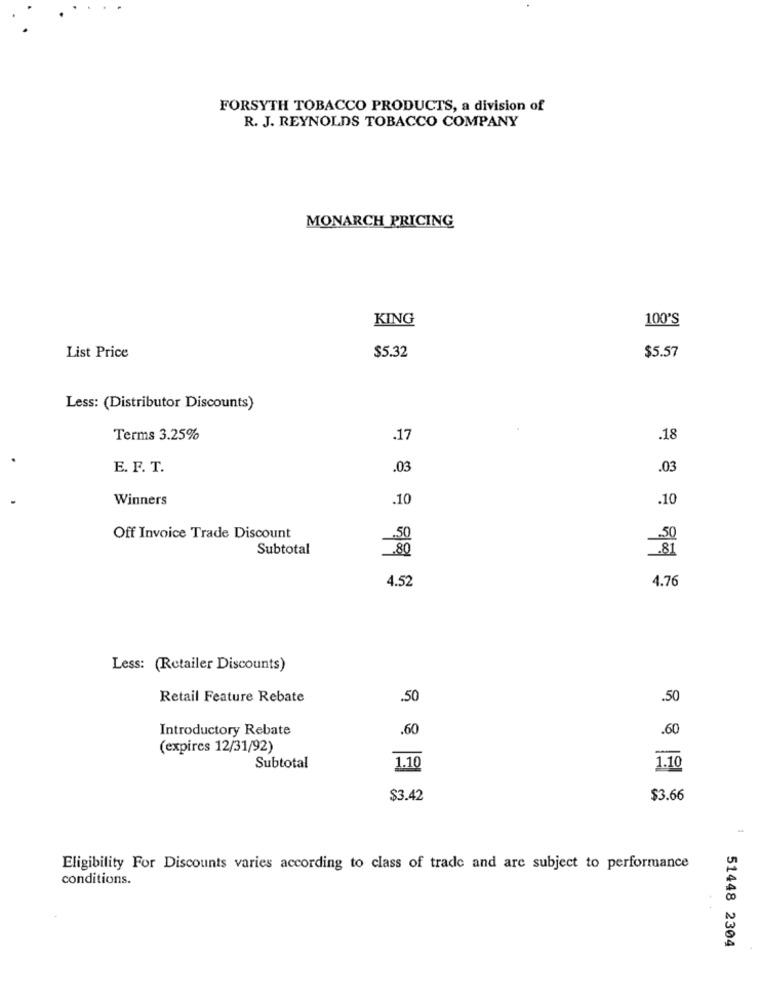
FORSYTH TOBACCO PRODUCTS, a division of
R. J. REYNOLDS TOBACCO COMPANY
MONARCH PRICING
KING
100'S
List Price
$5.32
$5.57
Less: (Distributor Discounts)
Terms 3.25%
.17
.18
E. F. T.
.03
.03
Winners
.10
.10
Off Invoice Trade Discount
Subtotal
4.52
4.76
Less: (Retailer Discounts)
Retail Feature Rebate
.50
.50
Introductory Rebate
.60
.60
(expires 12/31/92)
Subtotal
1.10
1.10
$3.42
$3.66
Eligibility For Discounts varies according to class of trade and are subject to performance
conditions.
51448 2304